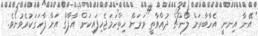
އޭނާ އިނނީ އެހާބާރަށް ލޯންޗް ދުއްވާތީ ވަރަށް ހިތްހަމަޖެހިފައިކަން އާފާޤް އަށް ފާހަގަކުރެވުނެވެ.